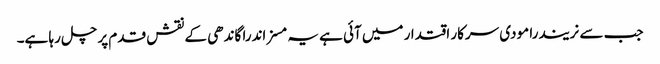
جب سے نریندرا مودی سرکار اقتدار میں آئی ہے یہ مسز اندرا گاندھی کے نقش قدم پر چل رہا ہے۔